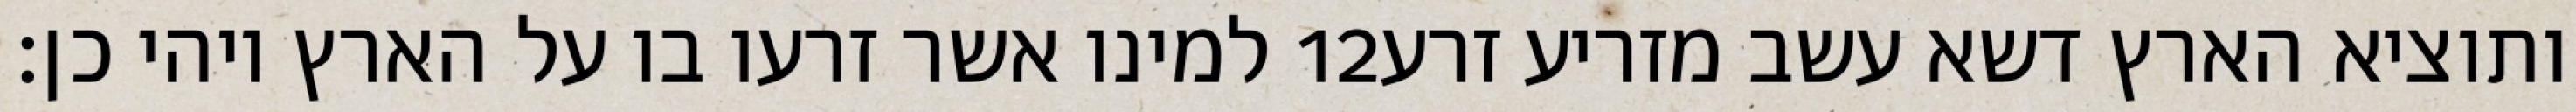
למינו אשר זרעו בו על הארץ ויהי כן׃ ‎12‏ ותוציא הארץ דשא עשב מזריע זרע